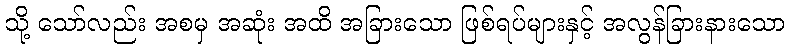
သို့ သော်လည်း အစမှ အဆုံး အထိ အခြားသော ဖြစ်ရပ်များနှင့် အလွန်ခြားနားသော